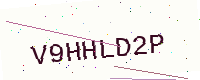
Text: V9HHLD2P